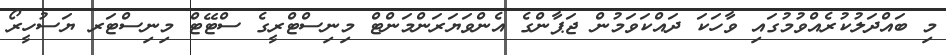
މި ބައްދަލުކުރެއްވުމުގައި ވާހަކަ ދައްކަވަމުން ޖަޕާންގެ އެންވަޔަރަންމަންޓް މިނިސްޓްރީގެ ސްޓޭޓް މިނިސްޓަރ ޔަސުހީރޯ